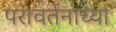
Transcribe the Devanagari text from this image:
परावर्तनाच्या